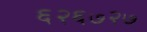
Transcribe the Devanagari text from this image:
६२६७२७